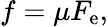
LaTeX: f=\mu F_{\mathrm{e}},